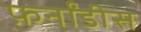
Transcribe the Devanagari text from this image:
फ़र्नांडीस